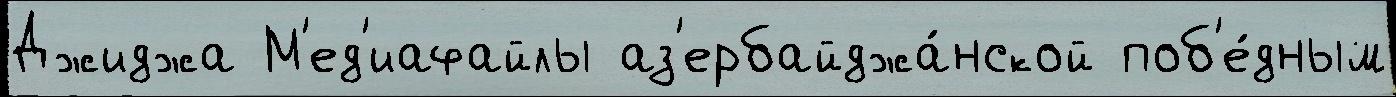
Джиджа М'ед'иафайлы аз'ербайджа́нской поб'е́дным